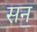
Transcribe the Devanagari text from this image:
सन॒